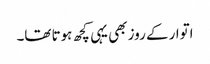
اتوار کے روز بھی یہی کچھ ہوتا تھا۔